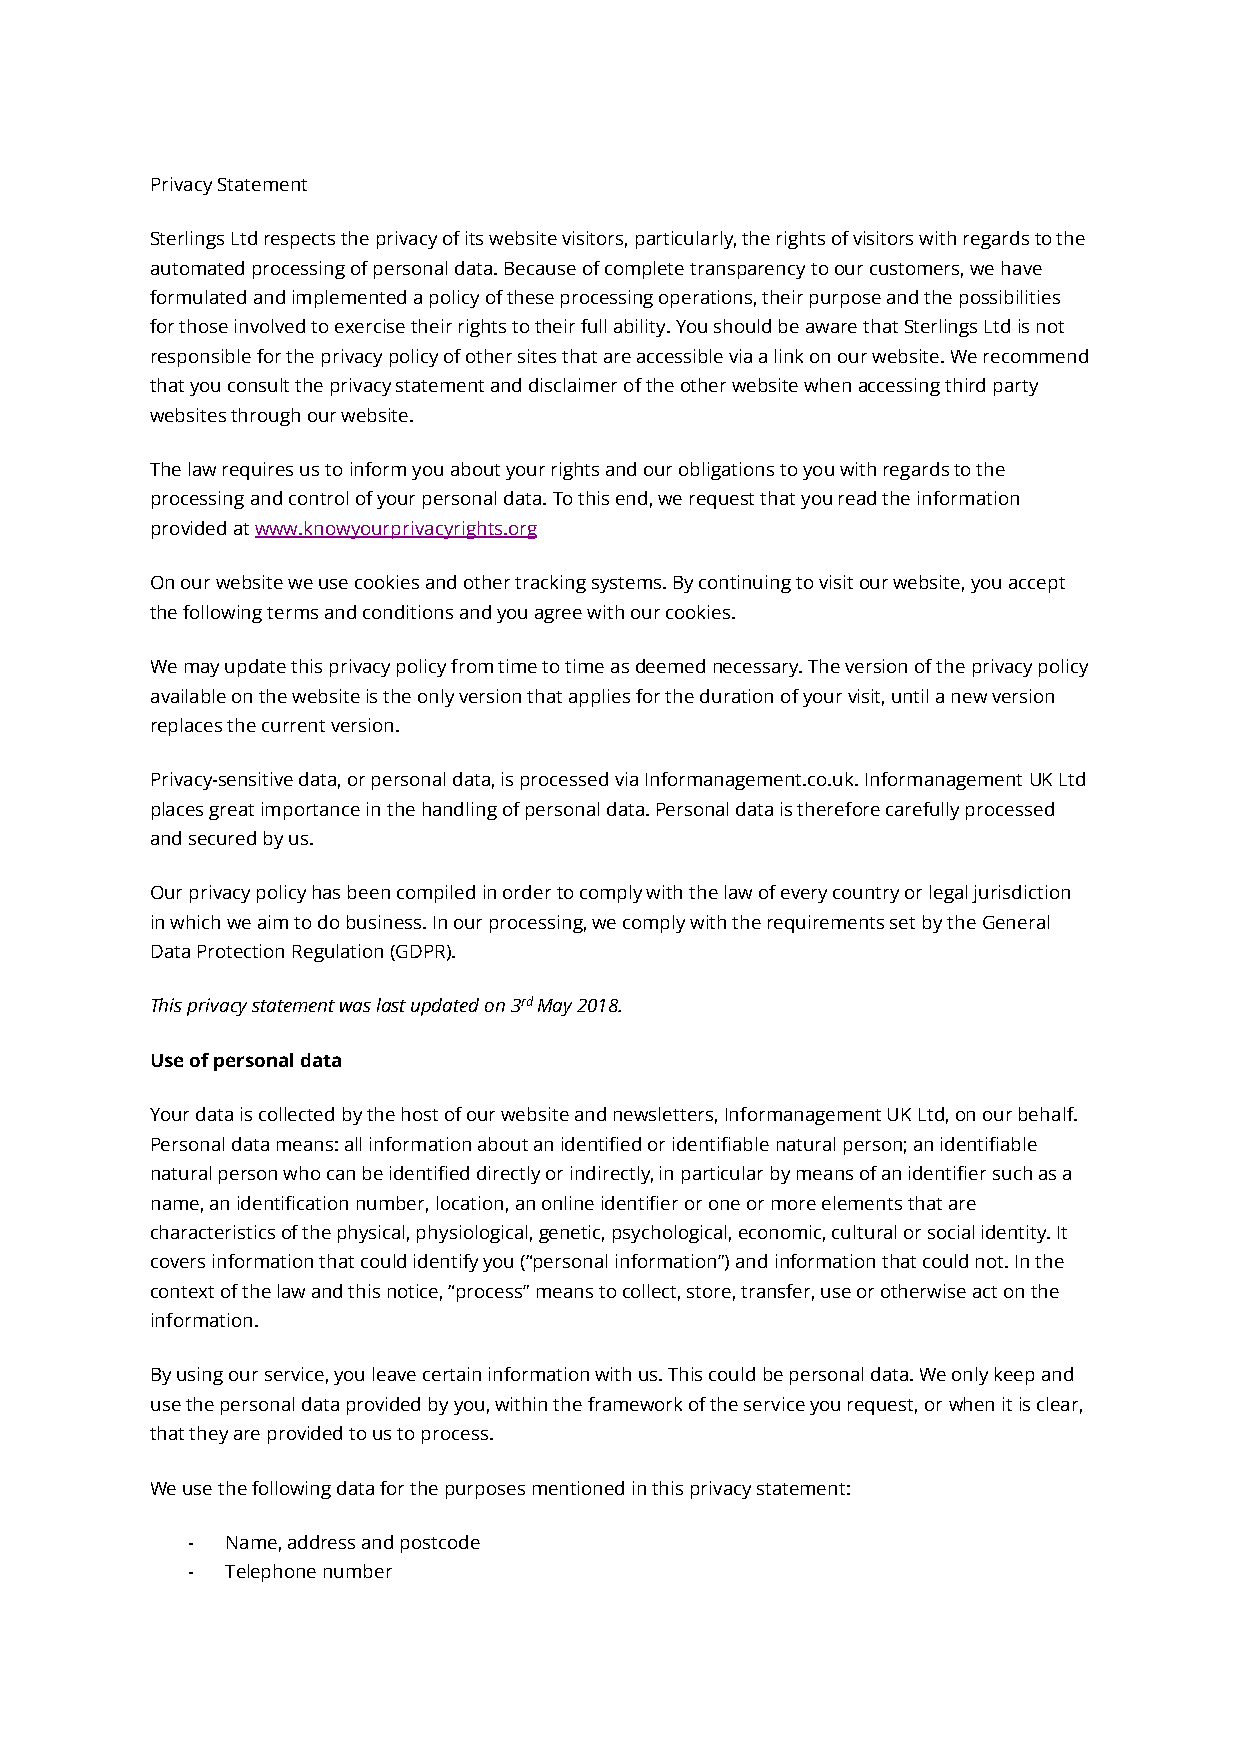
Privacy Statement
 Sterlings Ltd respects the privacy of its website visitors, particularly, the rights of visitors with regards to the
 automated processing of personal data. Because of complete transparency to our customers, we have
 formulated and implemented a policy of these processing operations, their purpose and the possibilities
 for those involved to exercise their rights to their full ability. You should be aware that Sterlings Ltd is not
 responsible for the privacy policy of other sites that are accessible via a link on our website. We recommend
 that you consult the privacy statement and disclaimer of the other website when accessing third party
 websites through our website.
 The law requires us to inform you about your rights and our obligations to you with regards to the
 processing and control of your personal data. To this end, we request that you read the information
 provided at www.knowyourprivacyrights.org
 On our website we use cookies and other tracking systems. By continuing to visit our website, you accept
 the following terms and conditions and you agree with our cookies.
 We may update this privacy policy from time to time as deemed necessary. The version of the privacy policy
 available on the website is the only version that applies for the duration of your visit, until a new version
 replaces the current version.
 Privacy-sensitive data, or personal data, is processed via Informanagement.co.uk. Informanagement UK Ltd
 places great importance in the handling of personal data. Personal data is therefore carefully processed
 and secured by us.
 Our privacy policy has been compiled in order to comply with the law of every country or legal jurisdiction
 in which we aim to do business. In our processing, we comply with the requirements set by the General
 Data Protection Regulation (GDPR).
 This privacy statement was last updated on 3rd May 2018.
 Use of personal data
 Your data is collected by the host of our website and newsletters, Informanagement UK Ltd, on our behalf.
 Personal data means: all information about an identified or identifiable natural person; an identifiable
 natural person who can be identified directly or indirectly, in particular by means of an identifier such as a
 name, an identification number, location, an online identifier or one or more elements that are
 characteristics of the physical, physiological, genetic, psychological, economic, cultural or social identity. It
 covers information that could identify you (“personal information”) and information that could not. In the
 context of the law and this notice, “process” means to collect, store, transfer, use or otherwise act on the
 information.
 By using our service, you leave certain information with us. This could be personal data. We only keep and
 use the personal data provided by you, within the framework of the service you request, or when it is clear,
 that they are provided to us to process.
 We use the following data for the purposes mentioned in this privacy statement:
 -  Name, address and postcode
 -  Telephone number